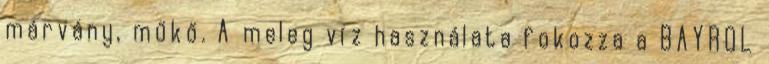
márvány, műkő. A meleg víz használata fokozza a BAYROL